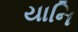
યાનિ